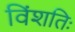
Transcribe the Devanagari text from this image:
विंशतिः